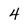
Character: 4